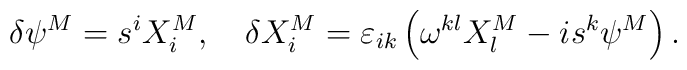
\delta \psi ^M=s^iX_i^M,\quad \delta X_i^M=\varepsilon _{ik}\left( \omega^{kl}X_l^M-is^k\psi ^M\right) .